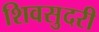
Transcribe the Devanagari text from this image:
शिवसुदरी